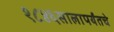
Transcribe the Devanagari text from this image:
१८४६सालापर्यंतचे